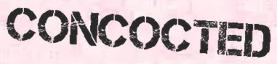
CONCOCTED